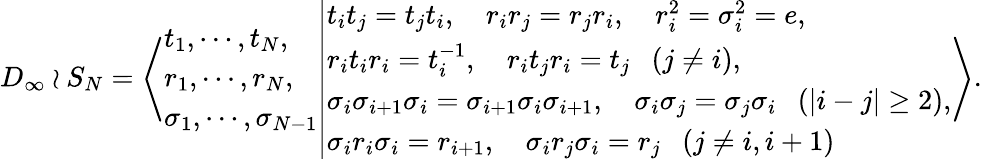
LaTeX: \begin{array}{r}{D_{\infty}\wr S_{N}=\left\langle\begin{array}{l}{t_{1},\cdots,t_{N},}\\ {r_{1},\cdots,r_{N},}\\ {\sigma_{1},\cdots,\sigma_{N-1}}\end{array}\middle\vert\begin{array}{l}{t_{i}t_{j}=t_{j}t_{i},\quad r_{i}r_{j}=r_{j}r_{i},\quad r_{i}^{2}=\sigma_{i}^{2}=e,}\\ {r_{i}t_{i}r_{i}=t_{i}^{-1},\quad r_{i}t_{j}r_{i}=t_{j}~~~(j\neq i),}\\ {\sigma_{i}\sigma_{i+1}\sigma_{i}=\sigma_{i+1}\sigma_{i}\sigma_{i+1},\quad\sigma_{i}\sigma_{j}=\sigma_{j}\sigma_{i}~~~(|i-j|\geq 2),}\\ {\sigma_{i}r_{i}\sigma_{i}=r_{i+1},\quad\sigma_{i}r_{j}\sigma_{i}=r_{j}~~~(j\neq i,i+1)}\end{array}\right\rangle.}\end{array}